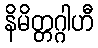
နိမိတ္တဂ္ဂါဟီ